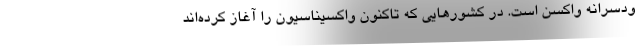
ودسرانه واکسن است. در کشورهایی که تاکنون واکسیناسیون را آغاز کرده‌اند